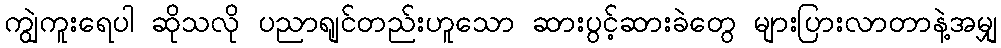
ကျွဲကူးရေပါ ဆိုသလို ပညာရျင်တည်းဟူသော ဆားပွင့်ဆားခဲတွေ များပြားလာတာနဲ့အမျှ